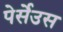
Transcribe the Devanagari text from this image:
पेर्सेउस